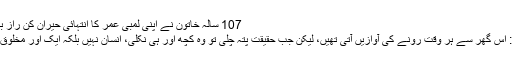
107 سالہ خاتون نے اپنی لمبی عمر کا انتہائی حیران کن راز بتا دیا | BOL
Previous : اس گھر سے ہر وقت رونے کی آوازیں آتی تھیں، لیکن جب حقیقت پتہ چلی تو وہ کچھ اور ہی نکلی، انسان نہیں بلکہ ایک اور مخلوق، یہ کون تھا؟